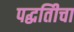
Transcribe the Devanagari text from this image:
पद्धतिीचा